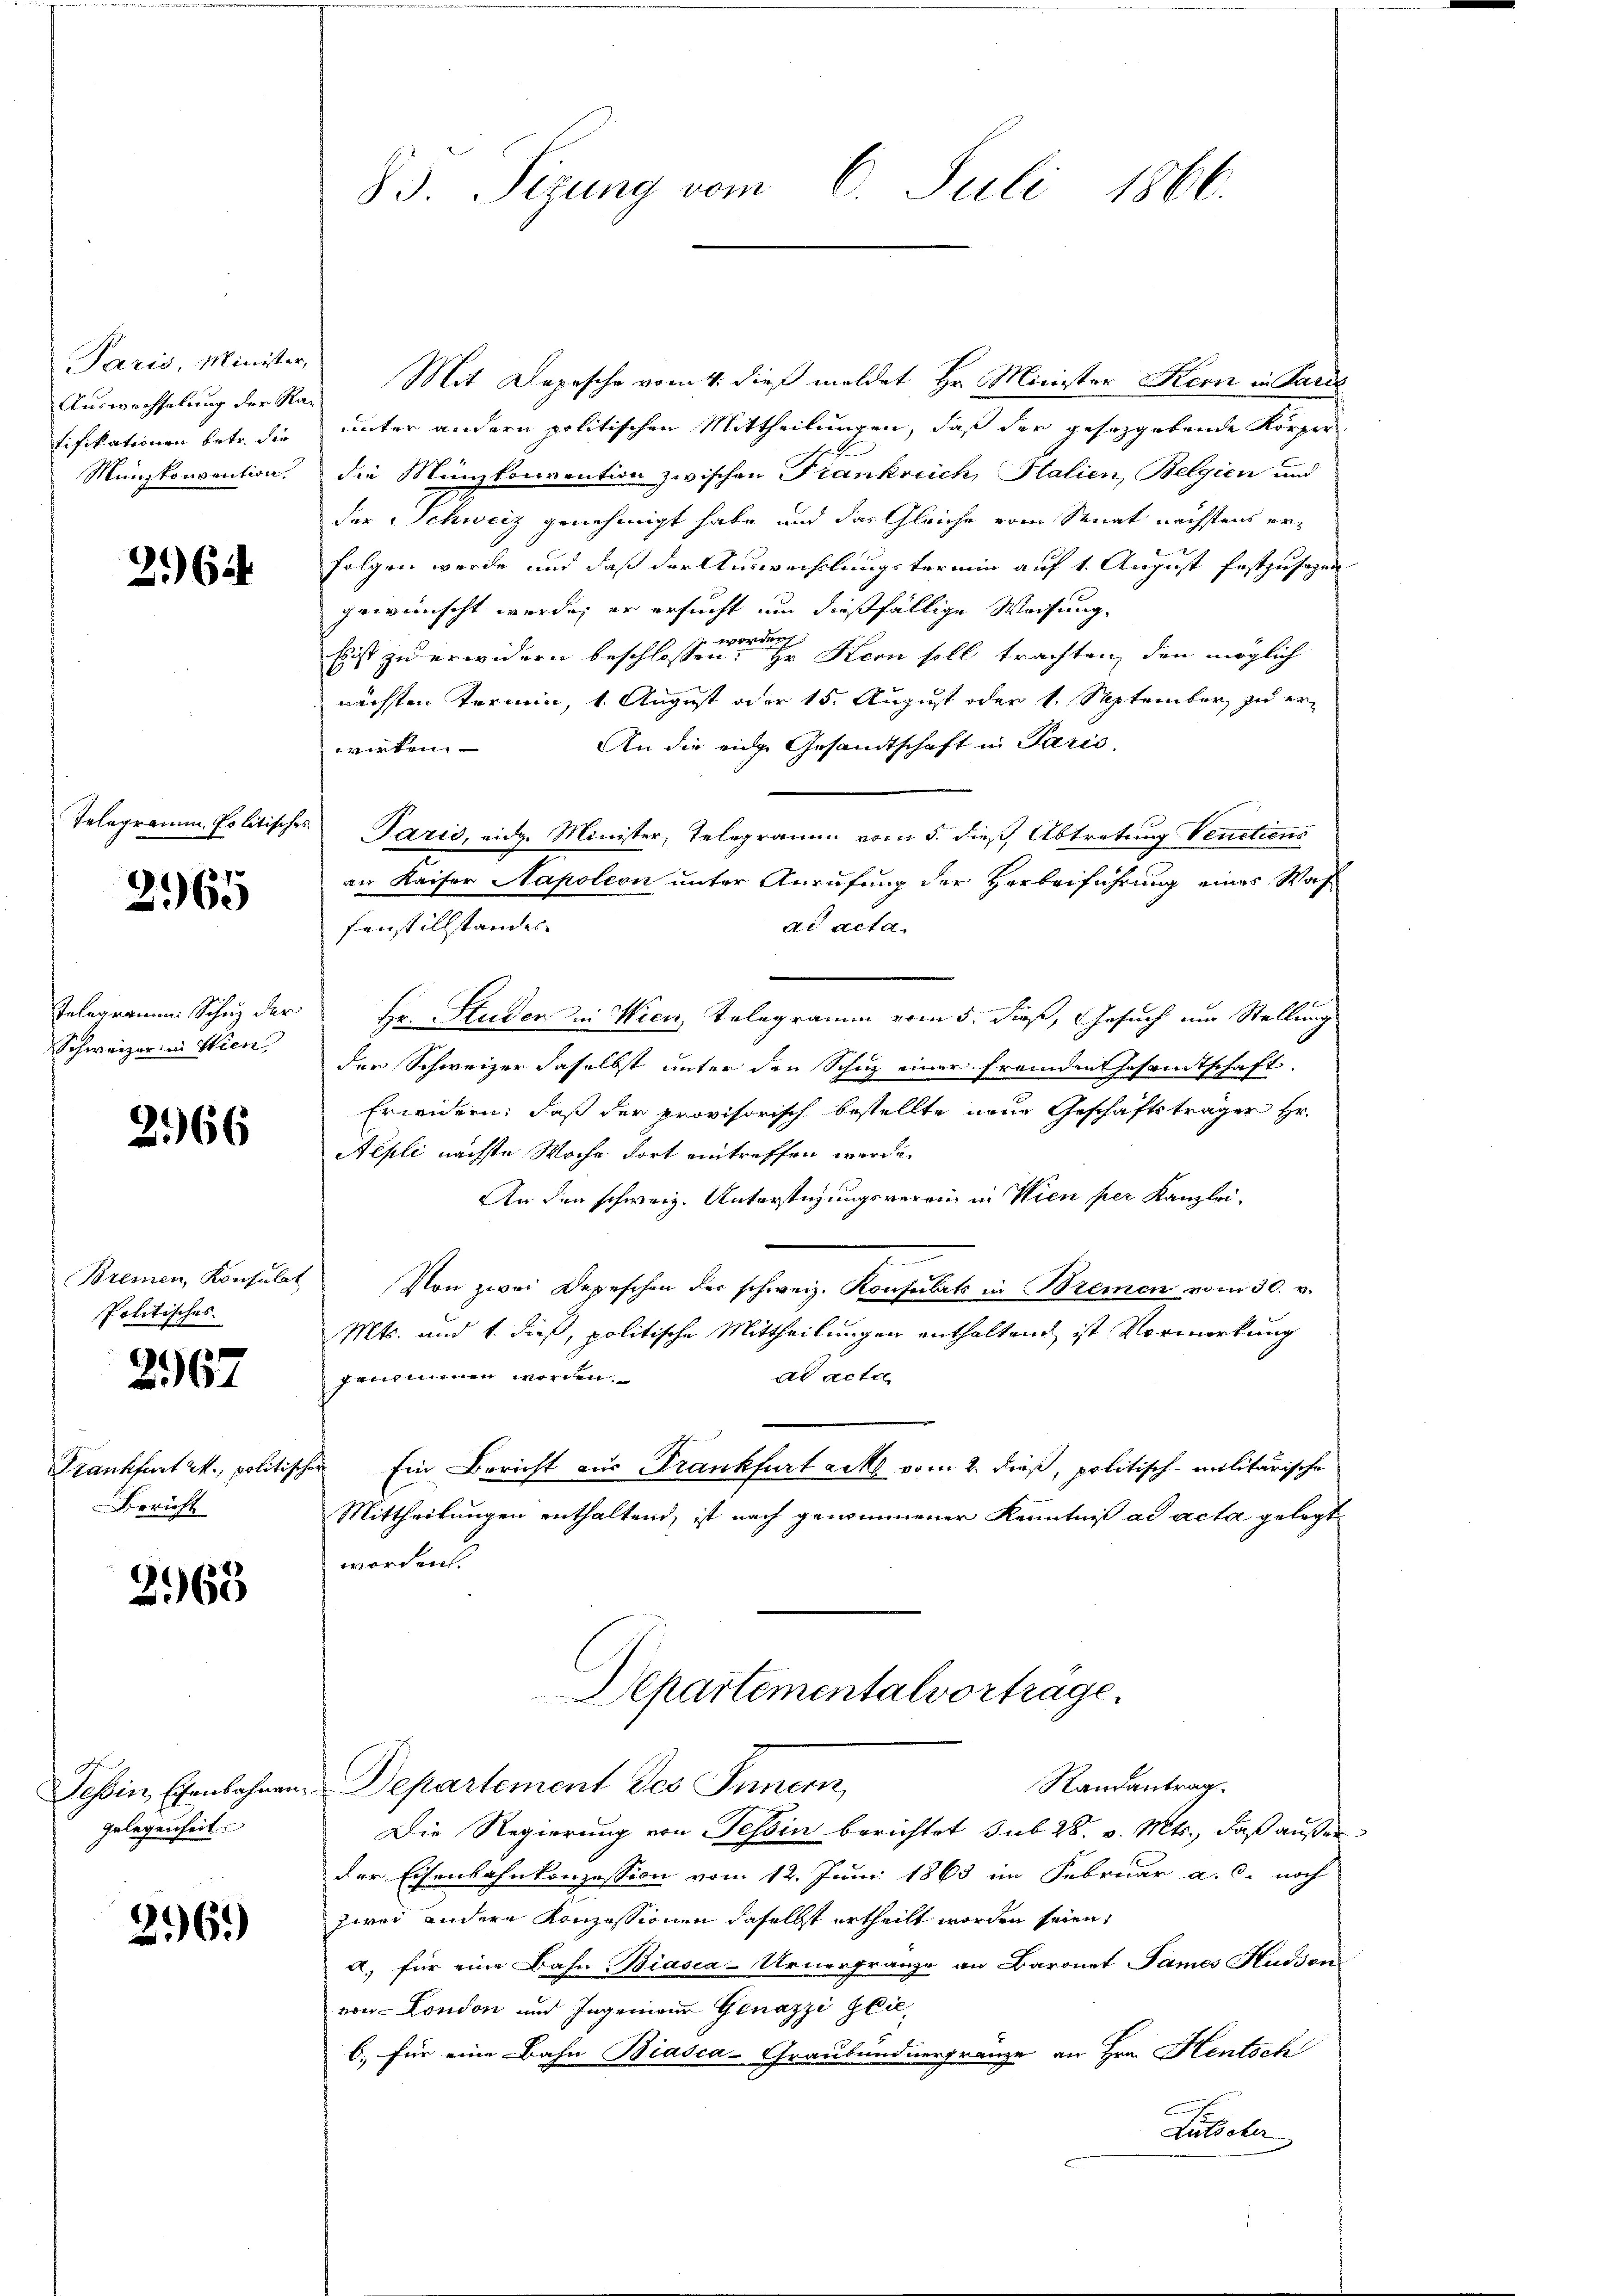
Paris, Minister,

264

2965

Telegramm Schutz der
Schweizer in Wien

266

Bremen, Konsulat
Politisches

e
167

Bericht

2963

Tessin, Eisenbahnan
gelegenheit.

296.)

83. Sizung vom 6. Juli 1866.

Auswechselung der Rad Mit Depesche vom 4. dieß meldet Hr. Minister Kern in Pari
tifikationen betr. die unter andern politischen Mittheilungen, daß der gesetzgebende Körper
Münzkonvention, die Münzkonvention zwischen Frankreich, Stalien, Belgien und
der Schweiz genehmigt habe und das Gleiche vom Senat nächstens erfolgen werde und daß der Auswechslungstermin auf 1. August festzusagen
gewünscht werde; er ersucht um dießfällige Weisung.
Eist zu erwidern beschlossen einen Kern soll trachten, den möglich
nächsten Termin, 1. August oder 15. August oder 1. September, zu er¬
An die eidge Gesandtschaft in Paris.
wirken.
Telegramm, Politisches Parzić, eidg. Minister, Telegramm vom 5. dieß Abtretung Venetiens
an Kaiser Napoleon unter Anrufung der Herbeiführung eines Woh¬
Fenstillstandes
ad acta.
 Hr. Studen in Wien, Telegramm vom 5. dieß, Gesuch am Stellung
der Schweizer daselbst unter den Schuz einer Fremden Gesamtschaft.
Erwidern, daß der provisorisch bestellte neue Geschäftsträger Hr.
Aepli nächste Woche dort eintreffen werde.
An den schweiz. Unterstüzungsverein in Wien per Kanzlei¬
Von zwei Depeschen der schweiz. Konsulat in Bremen vom 30. v.
Mts. und 1. dieß, politische Mittheilungen enthaltend ist Vormerkung
ad acta
genommen werden.
Frankfurt 2., politischer Ein Bericht aus Frankfurt acke vom 2. dieß, politisch-militärische
Mittheilungen enthaltend, ist nach genommener Kenntniß ad acta gelegt
worden.
Departementalvortrage.
Randantrag.
Departement des Innern,
Die Regierung von Tessin berichtet sub 28. v. Mts., daß außer
der Eisenbahnkonzession vom 12. Juni 1863 im Februar a. c. noch
zwei andere Konzessionen daselbst ertheilt worden seien,
a. für eine Bahn Biasca-Urnerfranze an Baronet Sames Hudson
von London und Ingenieur Genazzi Glie
b. für eine Bahn Biasca-Graubündnergränze an Hrn. Hentsch
Littete